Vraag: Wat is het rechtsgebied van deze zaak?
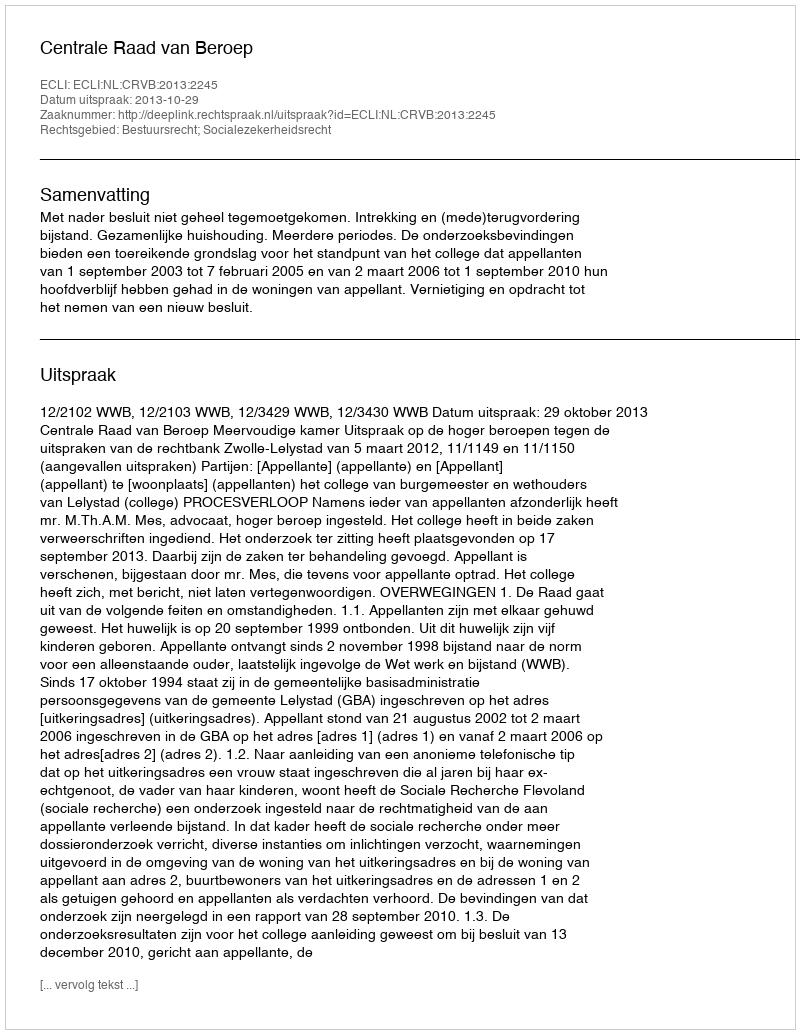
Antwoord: Bestuursrecht; Socialezekerheidsrecht